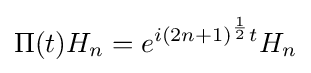
\Pi (t)H_{n}=e^{i(2n+1)^{1 \over 2}t}H_{n}